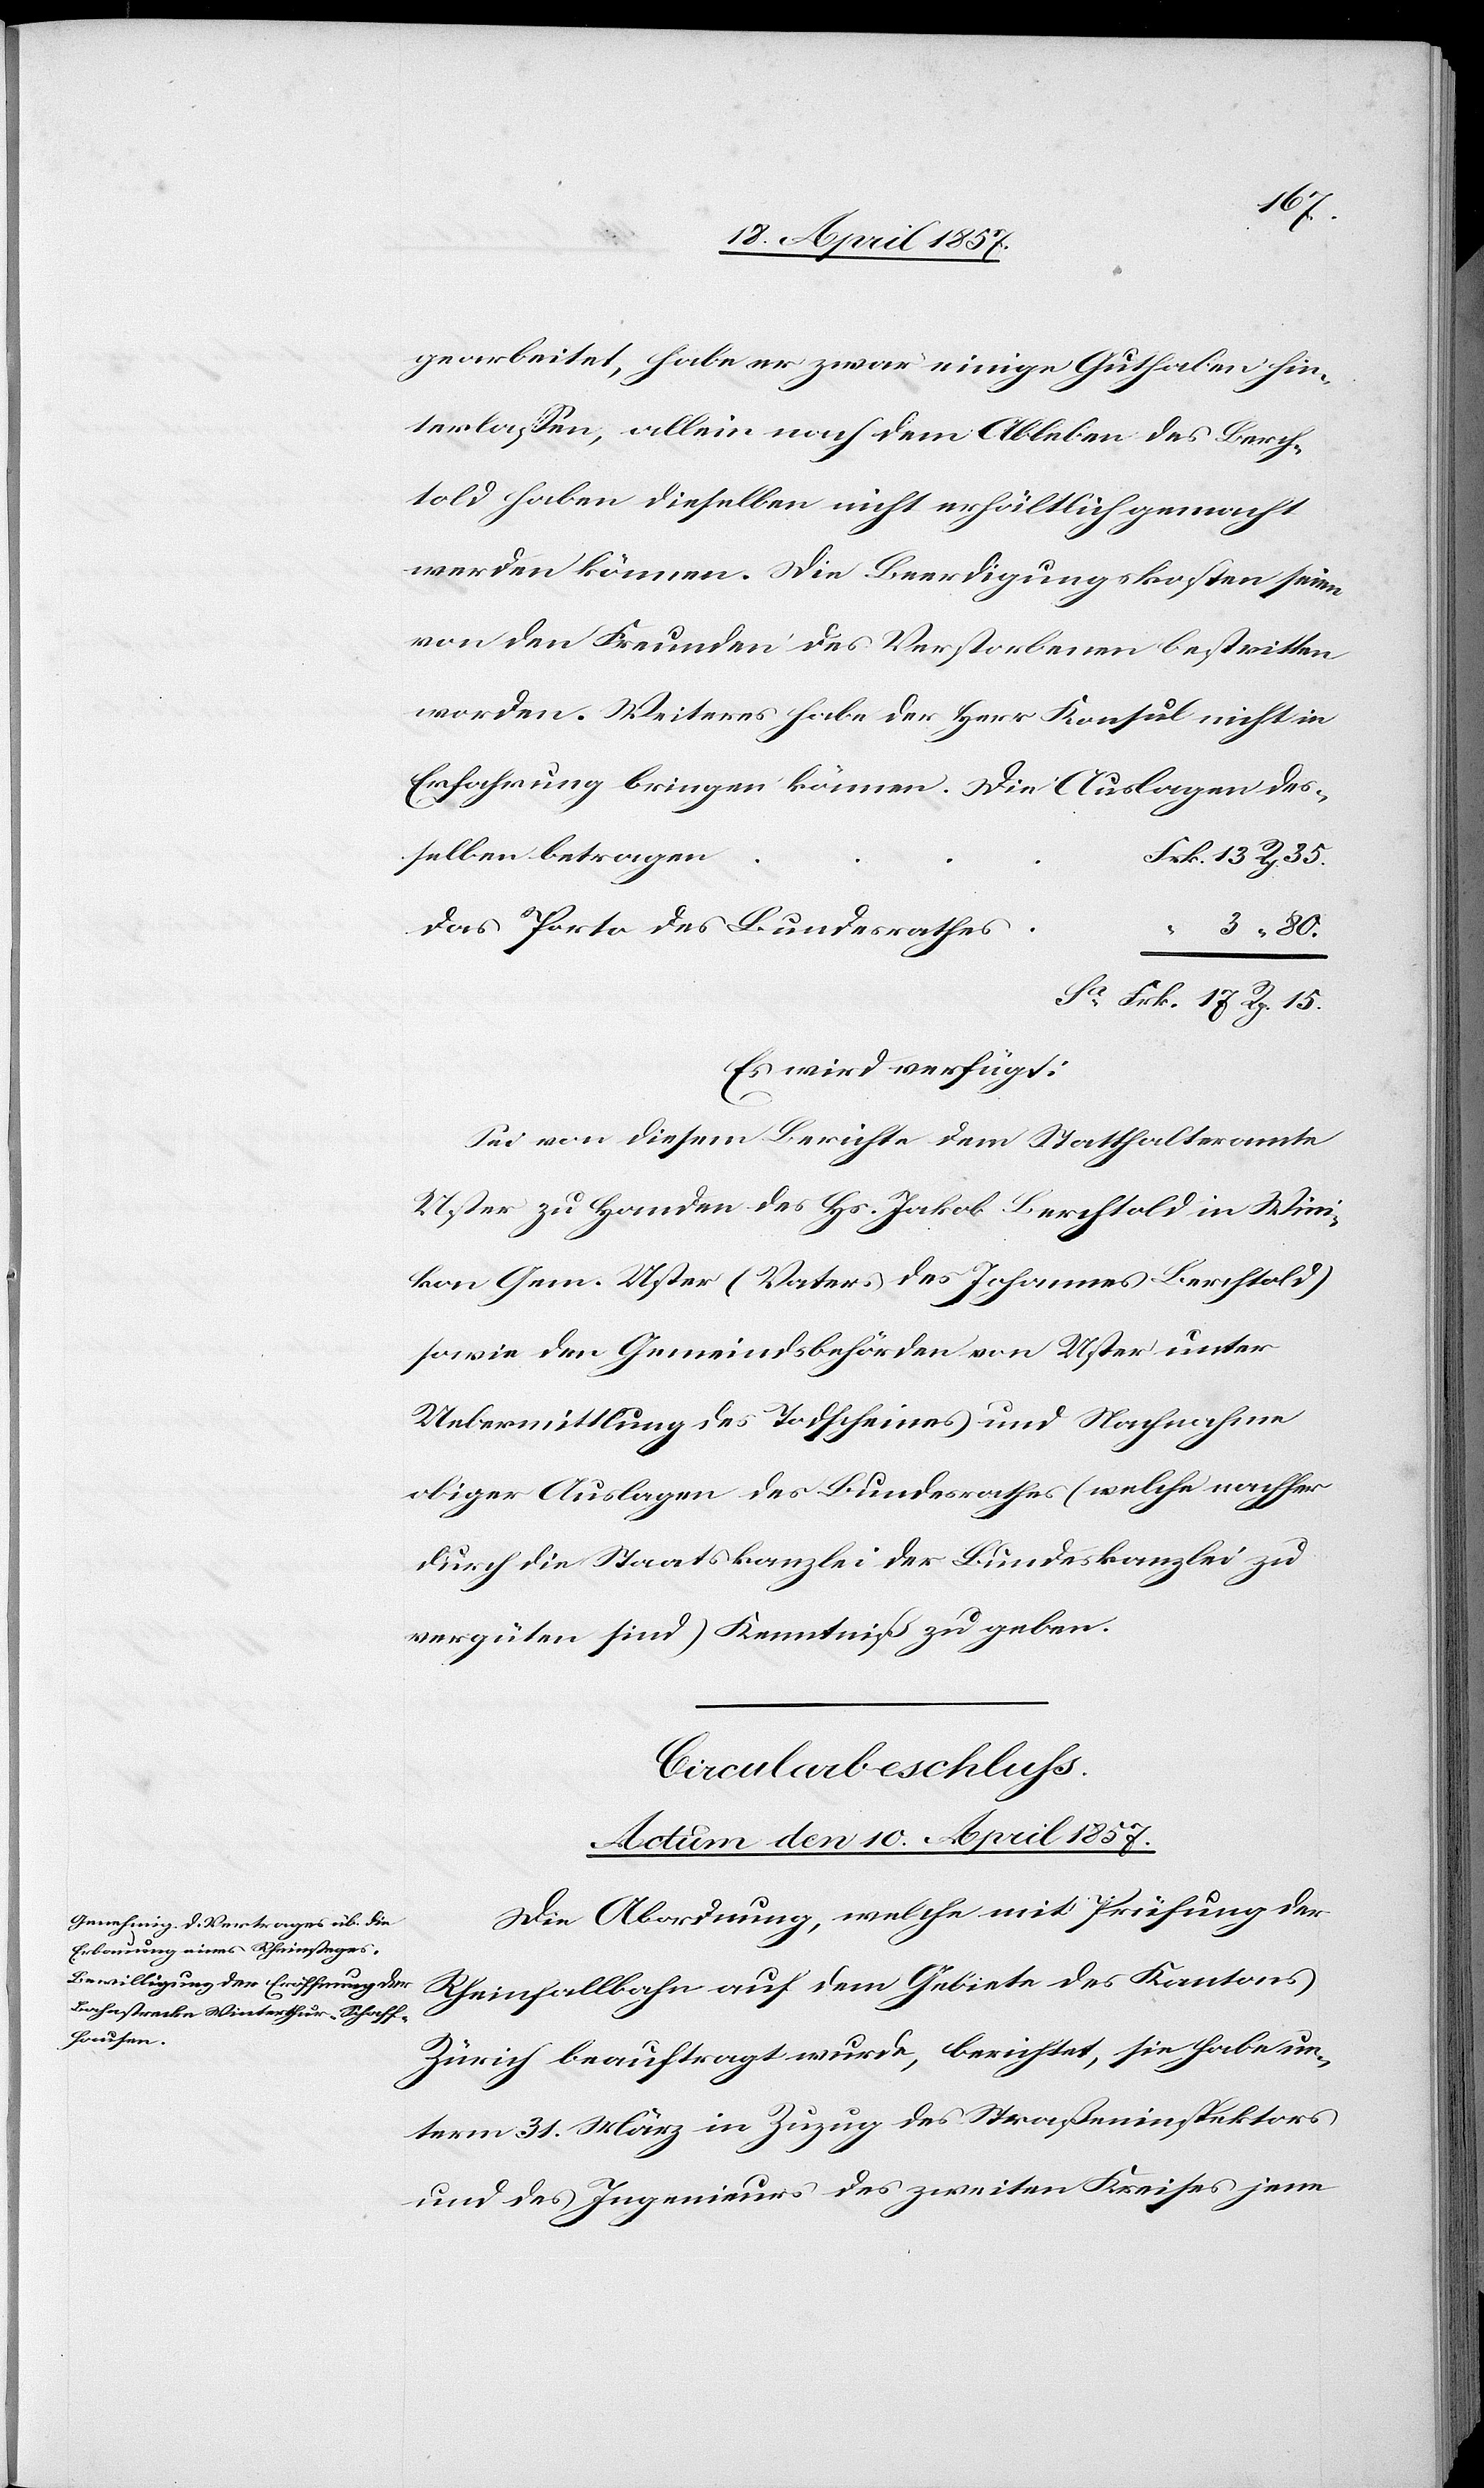
gearbeitet, habe er zwar einige Guthaben hin¬
terlassen, allein nach dem Ableben des Berch¬
told haben dieselben nicht erhältlich gemacht
werden können. Die Beerdigungskosten seien
von den Freunden des Verstorbenen bestritten
worden. Weiteres habe der Herr Konsul nicht in
Erfahrung bringen können. Die Auslagen des¬
selben betragen	F¬
rk. 13 Rp. 35.
Das Porto des Bundesrathes
3 “ 80.
Sa Frk. 17 Rp. 15.
Es wird verfügt:
Sei von diesem Berichte dem Statthalteramte
Uster zu Handen des Hs. Jakob Berchtold in Wini¬
kon Gem. Uster (Vaters des Johannes Berchtold)
sowie den Gemeindsbehörden von Uster unter
Uebermittlung des Todscheines und Nachnahme
obiger Auslagen des Bundesrathes (welche nachher
durch die Staatskanzlei der Bundeskanzlei zu
vergüten sind) Kenntniß zu geben.
Circularbeschluss.
Actum den 10. April 1857.
Die Abordnung, welche mit Prüfung der
Rheinfallbahn auf dem Gebiete des Kantons
Zürich beauftragt wurde, berichtet, sie habe un¬
term 31. März in Zuzug des Straßeninspektors
und des Ingenieurs des zweiten Kreises jene